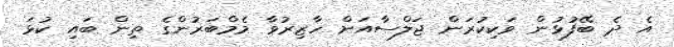
އެ ދެ ބޭފުޅުން ވަކިކުރަން ޖަލްސާއަށް ހާޒިރުވާ މެމްބަރުންގެ ތިން ބައި ކުޅަ